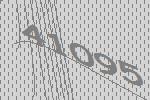
41095